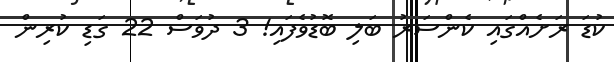
ކުޑަ ރަށެއްގައި ކެންސަރު ބަލި ބޮޑުވެފައި! 3 ދުވަސް 22 ގަޑި ކުރިން